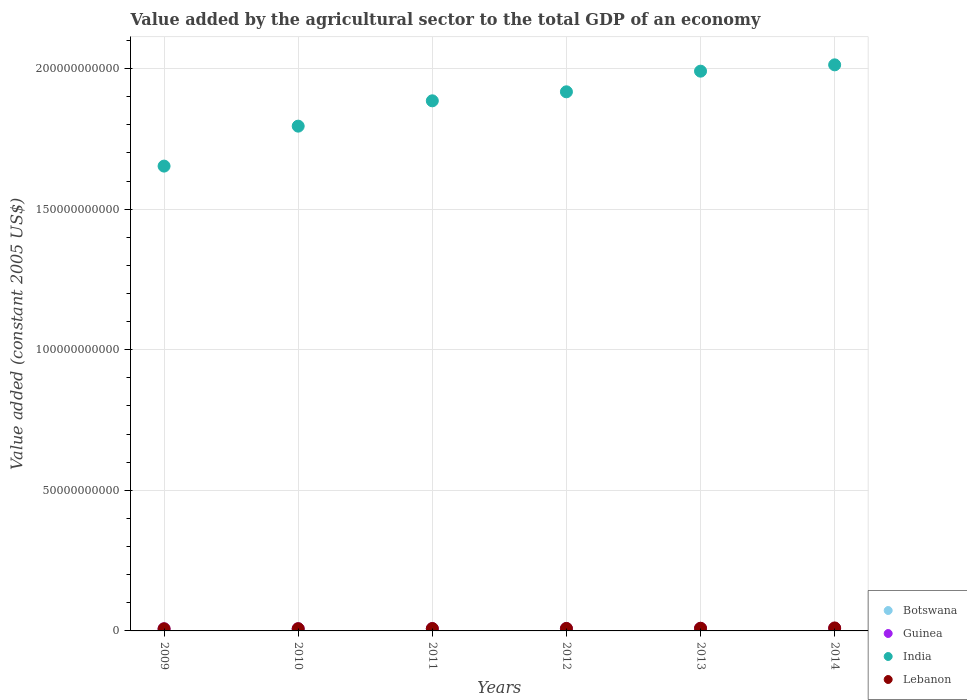
| Years | Botswana | Guinea | India | Lebanon |
 | --- | --- | --- | --- | --- |
 | 2009 | 2.51e+08 | 7.48e+08 | 1.65e+11 | 7.59e+08 |
 | 2010 | 2.65e+08 | 7.71e+08 | 1.8e+11 | 7.92e+08 |
 | 2011 | 2.66e+08 | 8.07e+08 | 1.89e+11 | 8.47e+08 |
 | 2012 | 2.43e+08 | 8.42e+08 | 1.92e+11 | 8.88e+08 |
 | 2013 | 2.46e+08 | 9.05e+08 | 1.99e+11 | 9.5e+08 |
 | 2014 | 2.45e+08 | 9.24e+08 | 2.01e+11 | 1.06e+09 |